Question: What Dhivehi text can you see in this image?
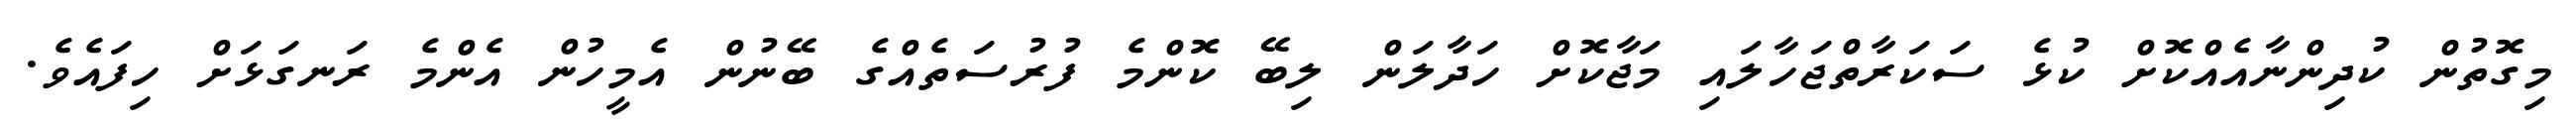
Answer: މިގޮތުން ކުދިންނާއެއްކޮށް ކުޅެ ސަކަރާތްޖަހާލައި މަޖާކޮށް ހަދާލަން ލިބޭ ކޮންމެ ފުރުސަތެއްގެ ބޭނުން އެމީހުން އެންމެ ރަނގަޅަށް ހިފައެވެ.